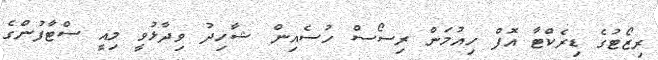
ރިޒޯޓުގެ ޑިރެކްޓާ އޮފް ހިއުމަން ރިސޯސް ހުސެއިން ޝާހިދު ވިދާޅުވީ މިއީ ސްޓާފުންގެ